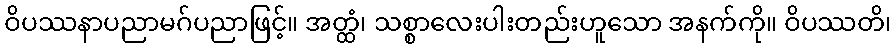
ဝိပဿနာပညာမဂ်ပညာဖြင့်။ အတ္ထံ၊ သစ္စာလေးပါးတည်းဟူသော အနက်ကို။ ဝိပဿတိ၊